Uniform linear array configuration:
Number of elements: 12
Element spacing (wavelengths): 0.25
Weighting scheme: hamming
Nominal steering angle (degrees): -60
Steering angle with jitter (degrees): -59.894
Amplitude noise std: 0.05
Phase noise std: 0.05

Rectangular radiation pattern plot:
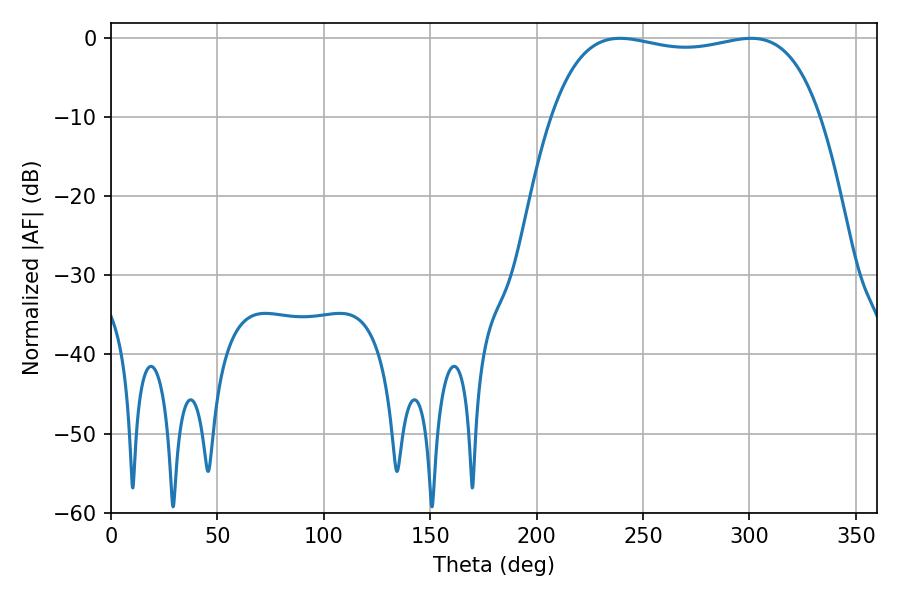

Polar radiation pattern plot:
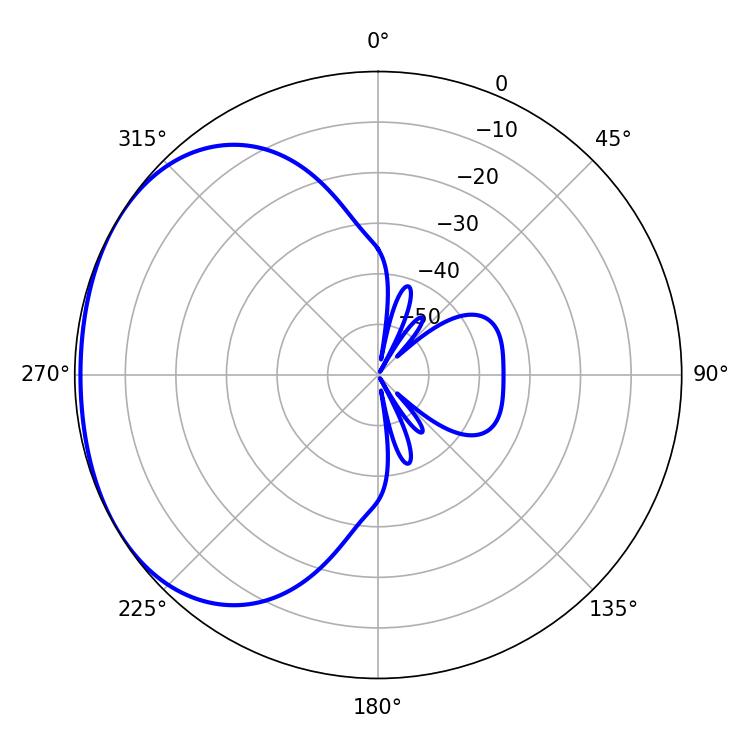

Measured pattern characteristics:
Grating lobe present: FALSE
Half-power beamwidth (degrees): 101.88
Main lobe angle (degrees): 239.22